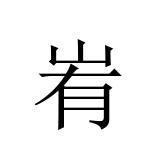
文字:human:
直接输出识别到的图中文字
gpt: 峟